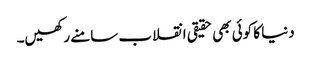
دنیا کا کوئی بھی حقیقی انقلاب سامنے رکھیں۔